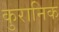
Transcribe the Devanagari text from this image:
कुरानिक